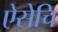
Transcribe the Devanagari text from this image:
ऐसेचि